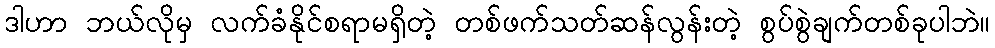
ဒါဟာ ဘယ်လိုမှ လက်ခံနိုင်စရာမရှိတဲ့ တစ်ဖက်သတ်ဆန်လွန်းတဲ့ စွပ်စွဲချက်တစ်ခုပါဘဲ။